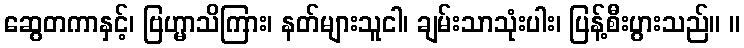
ဆွေတကာနှင့်၊ ဗြဟ္မာသိကြား၊ နတ်များသူငါ၊ ချမ်းသာသုံးပါး၊ ပြန့်စီးပွားသည်။ ။